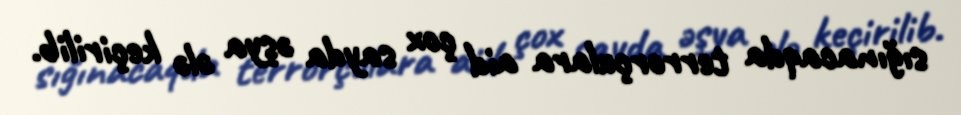
sığınacaqda terrorçulara aid çox sayda əşya ələ keçirilib.